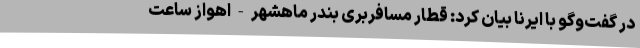
در گفت‌وگو با ایرنا بیان کرد: قطار مسافربری بندر ماهشهر-اهواز ساعت